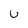
Character: u